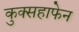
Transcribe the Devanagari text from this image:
कुक्सहाफेन